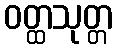
ဝတ္ထသုတ္တ